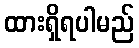
ထားရှိရပါမည်